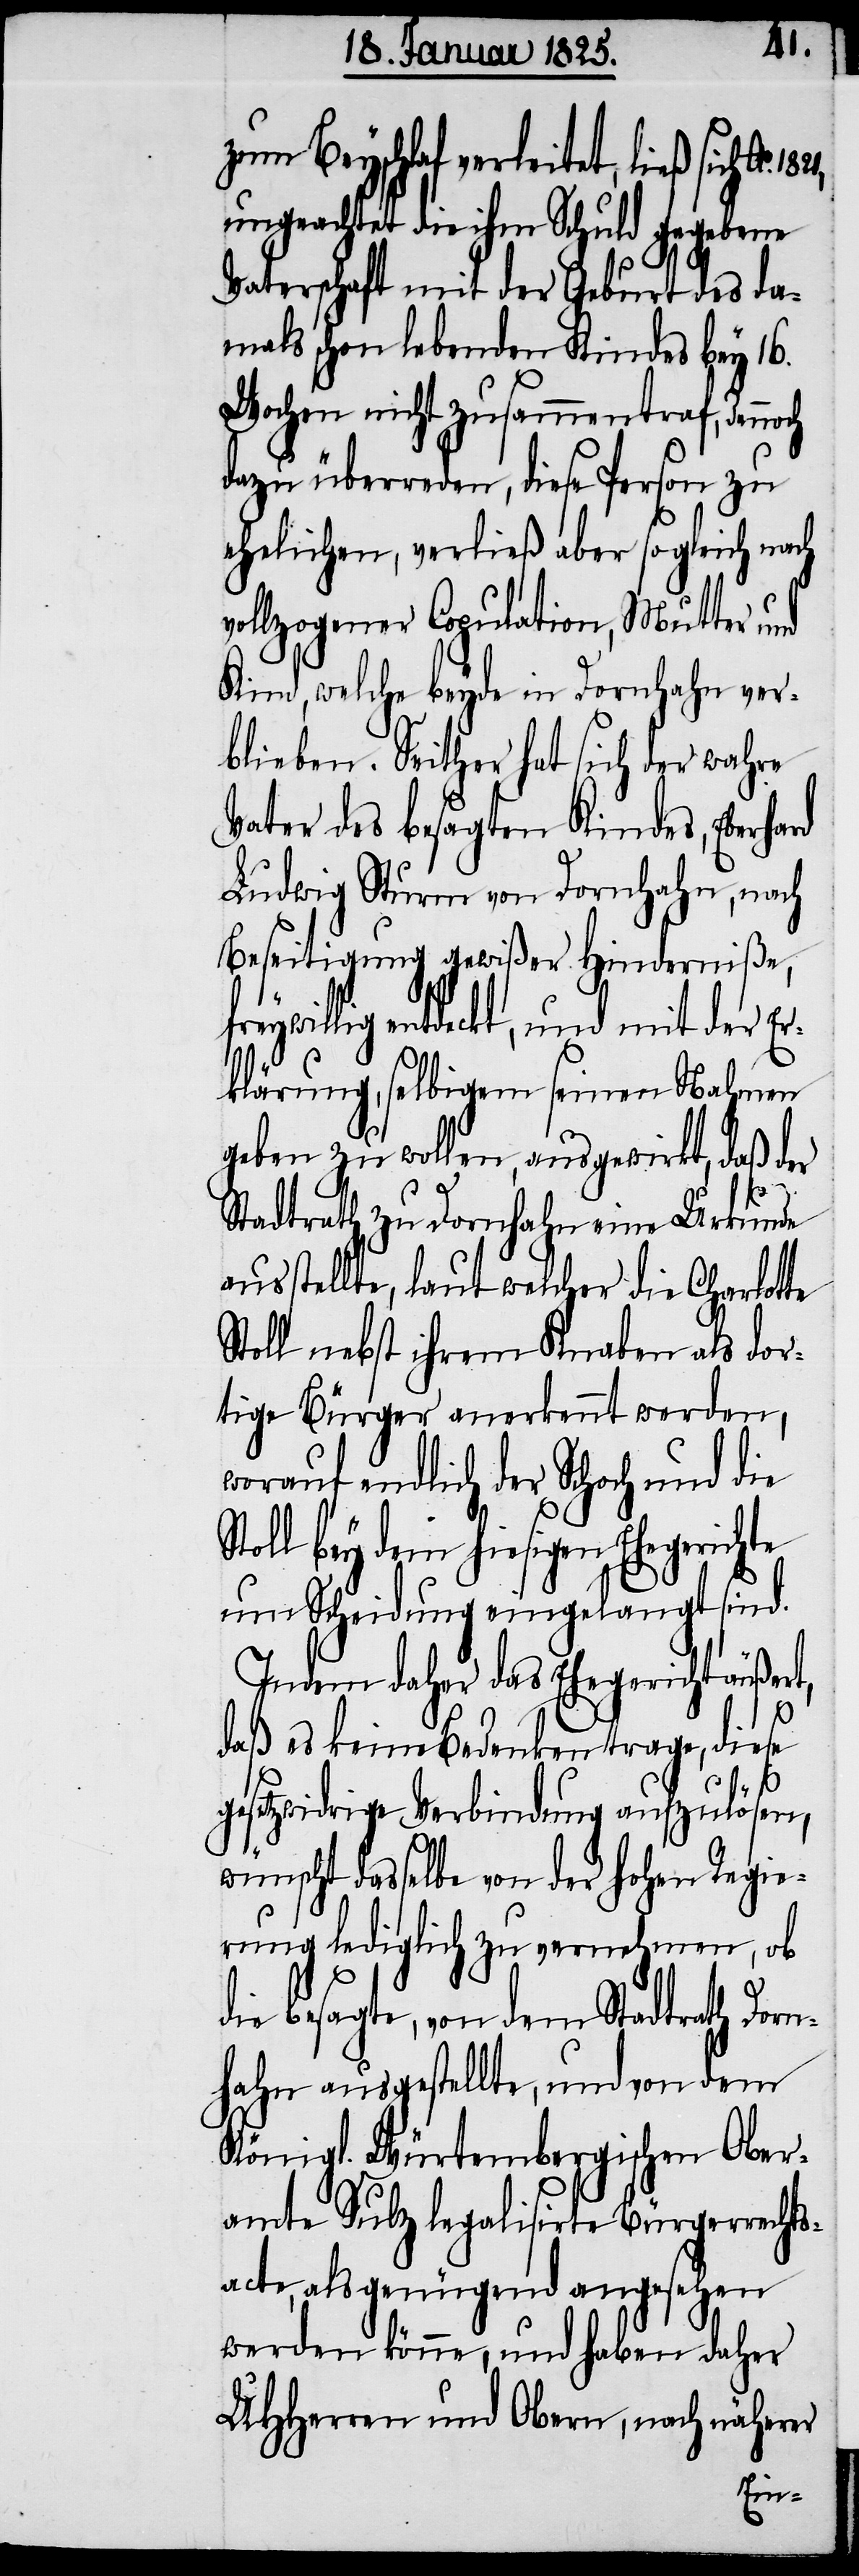
ert,
zum Beyschlaf verleitet, ließ sich Ao.
ungeachtet die ihm Schuld gebende
Vaterschaft mit der Geburt des da¬
mals schon lebenden Kindes bey 16.
Wochen nicht zusammentraf, dennoch
dazu überreden, diese Person zu
ehelichen, verließ aber sogleich nach
vollzogener Copulation, Mutter und
Kind, welche beyde in Dornhahn ver¬
blieben. Seither hat sich der wahre
Vater des besagten Kindes, Eberhard
Ludwig Sturm von Dornhahn, nach
Beseitigung gewißer Hinderniße,
eywillig entdeckt, und mit der Er¬
klärung, selbigem seinen Nahmen
gegen zu wollen, ausgewirkt, daß der
Stadtrath zu Dornhahn eine Urkunde
ausstellte, laut welcher die Charlotte
Stoll nebst ihrem Knaben als dor¬
tige Bürger anerkennt worden,
worauf endlich der Schoch und die
Stoll bey dem hiesigen Ehegerichte
um Scheidung eingelangt sind.
Indem daher das Ehegericht äuß¬
daß es keine Bedenken trage, diese
gesetzwidrige Verbindung aufzulösen,
wünscht dasselbe von der hohen Regie¬
rung lediglich zu vernehmen, ob
die besagte, von dem Stadtrath Dorn¬
hahn ausgestellte, und von dem
Königl. Würtembergischen Ober¬
amte Sulz legalisirte Bürgerrechts¬
acte, als genügend angesehen
werden könne, und haben daher
UHHerren und Obern, nach näherer
fr¬